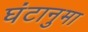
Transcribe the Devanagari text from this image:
घंटानुमा